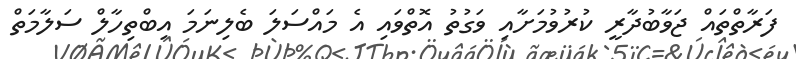
ފަރާތްތައް ޖަވާބުދާރީ ކުރުވުމަށާއި ވަގުތު އޮތްވައި އެ މައްސަލަ ބެލިނަމަ އިބްތިހާލް ސަލާމަތް